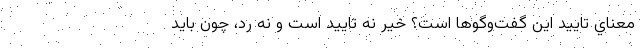
معناي تاييد اين گفت‌وگوها است؟ خير نه تاييد است و نه رد، چون بايد